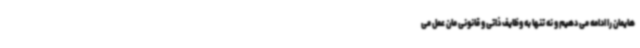
هایمان را ادامه می دهیم و نه تنها به وظایف ذاتی و قانونی مان عمل می